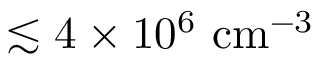
\lesssim 4 \times 1 0 ^ { 6 } ~ \mathrm { c m } ^ { - 3 }